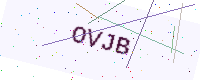
Text: OVJB